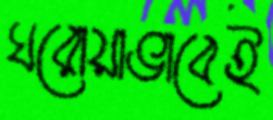
ঘরোয়াভাবেই